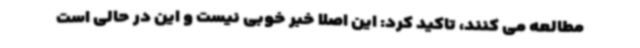
مطالعه می کنند، تاکید کرد: این اصلا خبر خوبی نیست و این در حالی است